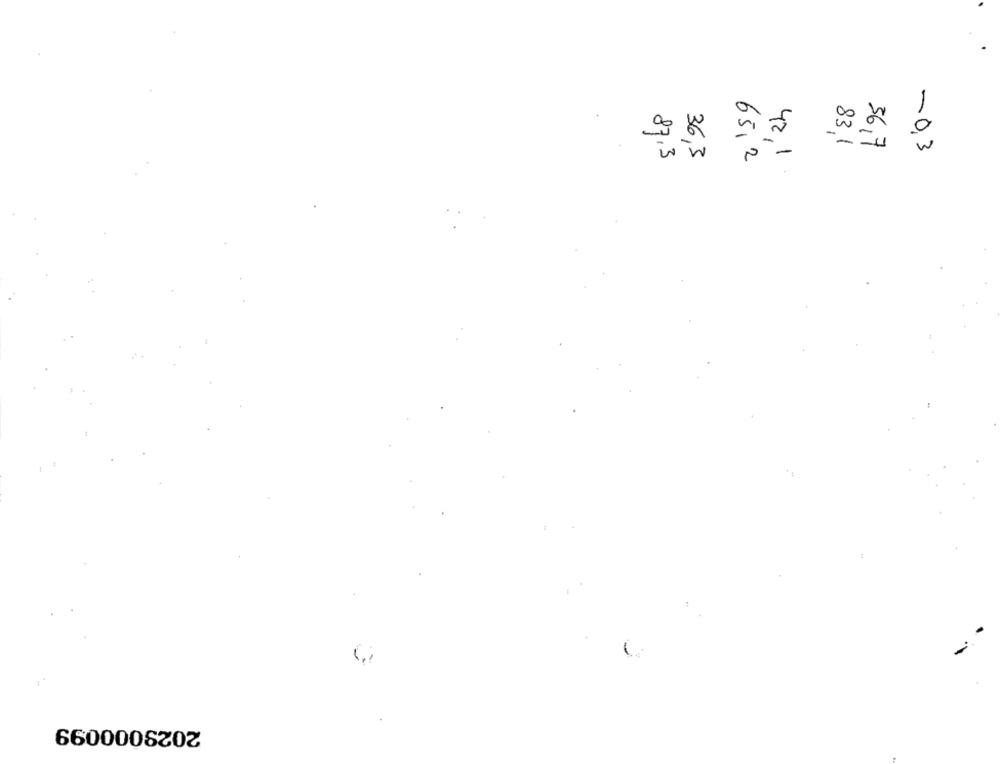
83,1
36,7
-
42,1
-0,3
87.3
36,3
65,2
2029000099